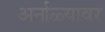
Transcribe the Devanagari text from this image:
अर्नाळ्यावर